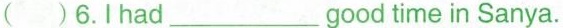
()6.I had___ good time in Sanya.